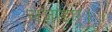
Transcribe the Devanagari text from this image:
लजाइए।।